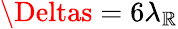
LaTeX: \Deltas=6\lambda_{\mathbb{R}}